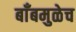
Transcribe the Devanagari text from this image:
बाँबमुळेच